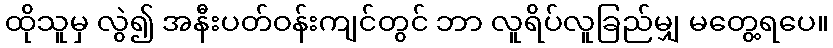
ထိုသူမှ လွဲ၍ အနီးပတ်ဝန်းကျင်တွင် ဘာ လူရိပ်လူခြည်မျှ မတွေ့ရပေ။